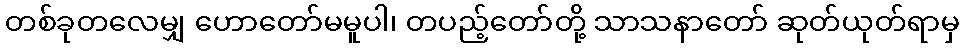
တစ်ခုတလေမျှ ဟောတော်မမူပါ၊ တပည့်တော်တို့ သာသနာတော် ဆုတ်ယုတ်ရာမှ